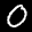
Label: 0